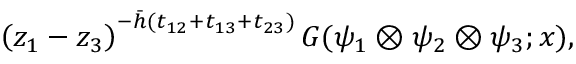
\left( z _ { 1 } - z _ { 3 } \right) ^ { - \bar { h } ( t _ { 1 2 } + t _ { 1 3 } + t _ { 2 3 } ) } G ( \psi _ { 1 } \otimes \psi _ { 2 } \otimes \psi _ { 3 } ; x ) ,